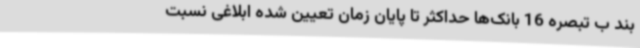
بند ب تبصره 16 بانک‌ها حداکثر تا پایان زمان تعیین شده ابلاغی نسبت